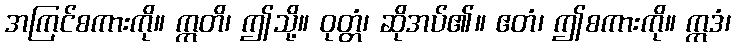
အကြင်စကားကို။ ဣတိ၊ ဤသို့။ ဝုတ္တံ၊ ဆိုအပ်၏။ ဧတံ၊ ဤစကားကို။ ဣဒံ၊